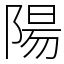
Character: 陽